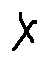
x